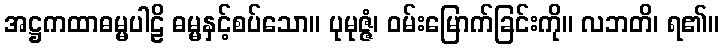
အဋ္ဌကထာဓမ္မပါဠိ ဓမ္မနှင့်စပ်သော။ ပုမုဇ္ဇံ၊ ဝမ်းမြောက်ခြင်းကို။ လဘတိ၊ ရ၏။